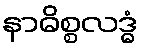
နာဓိစ္စလဒ္ဓံ